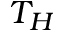
T _ { H }